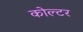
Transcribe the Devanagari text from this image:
कोल्टर